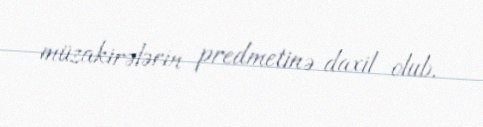
müzakirələrin predmetinə daxil olub.